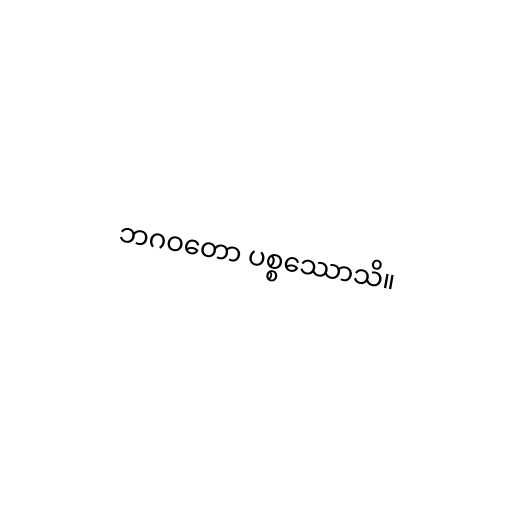
ဘဂဝတော ပစ္စဿောသိ။